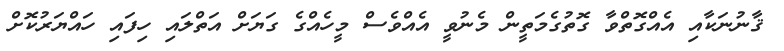
ޤާނުނަކާއި އެއްގޮތްވާ ގޮތުގެމަތީން މެނުވީ އެއްވެސް މީހެއްގެ ގަޔަށް އަތްލައި ހިފައި ހައްޔަރުކޮށް